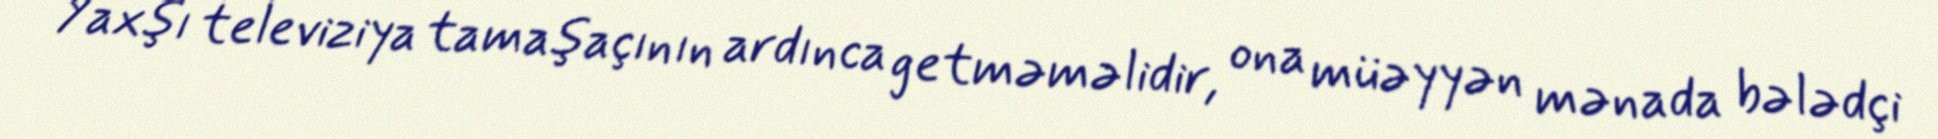
Yaxşı televiziya tamaşaçının ardınca getməməlidir, ona müəyyən mənada bələdçi